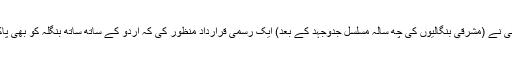
۱۹۵۴ء میں پاکستان کی مرکزی اسمبلی نے (مشرقی بنگالیوں کی چھ سالہ مسلسل جدوجہد کے بعد) ایک رسمی قرارداد منظور کی کہ اُردو کے ساتھ ساتھ بنگلہ کو بھی پاکستان کی قومی زبان سمجھا جائے گا۔